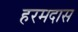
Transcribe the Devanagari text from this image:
हरमदास